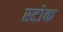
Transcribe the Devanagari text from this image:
स्‍टोक